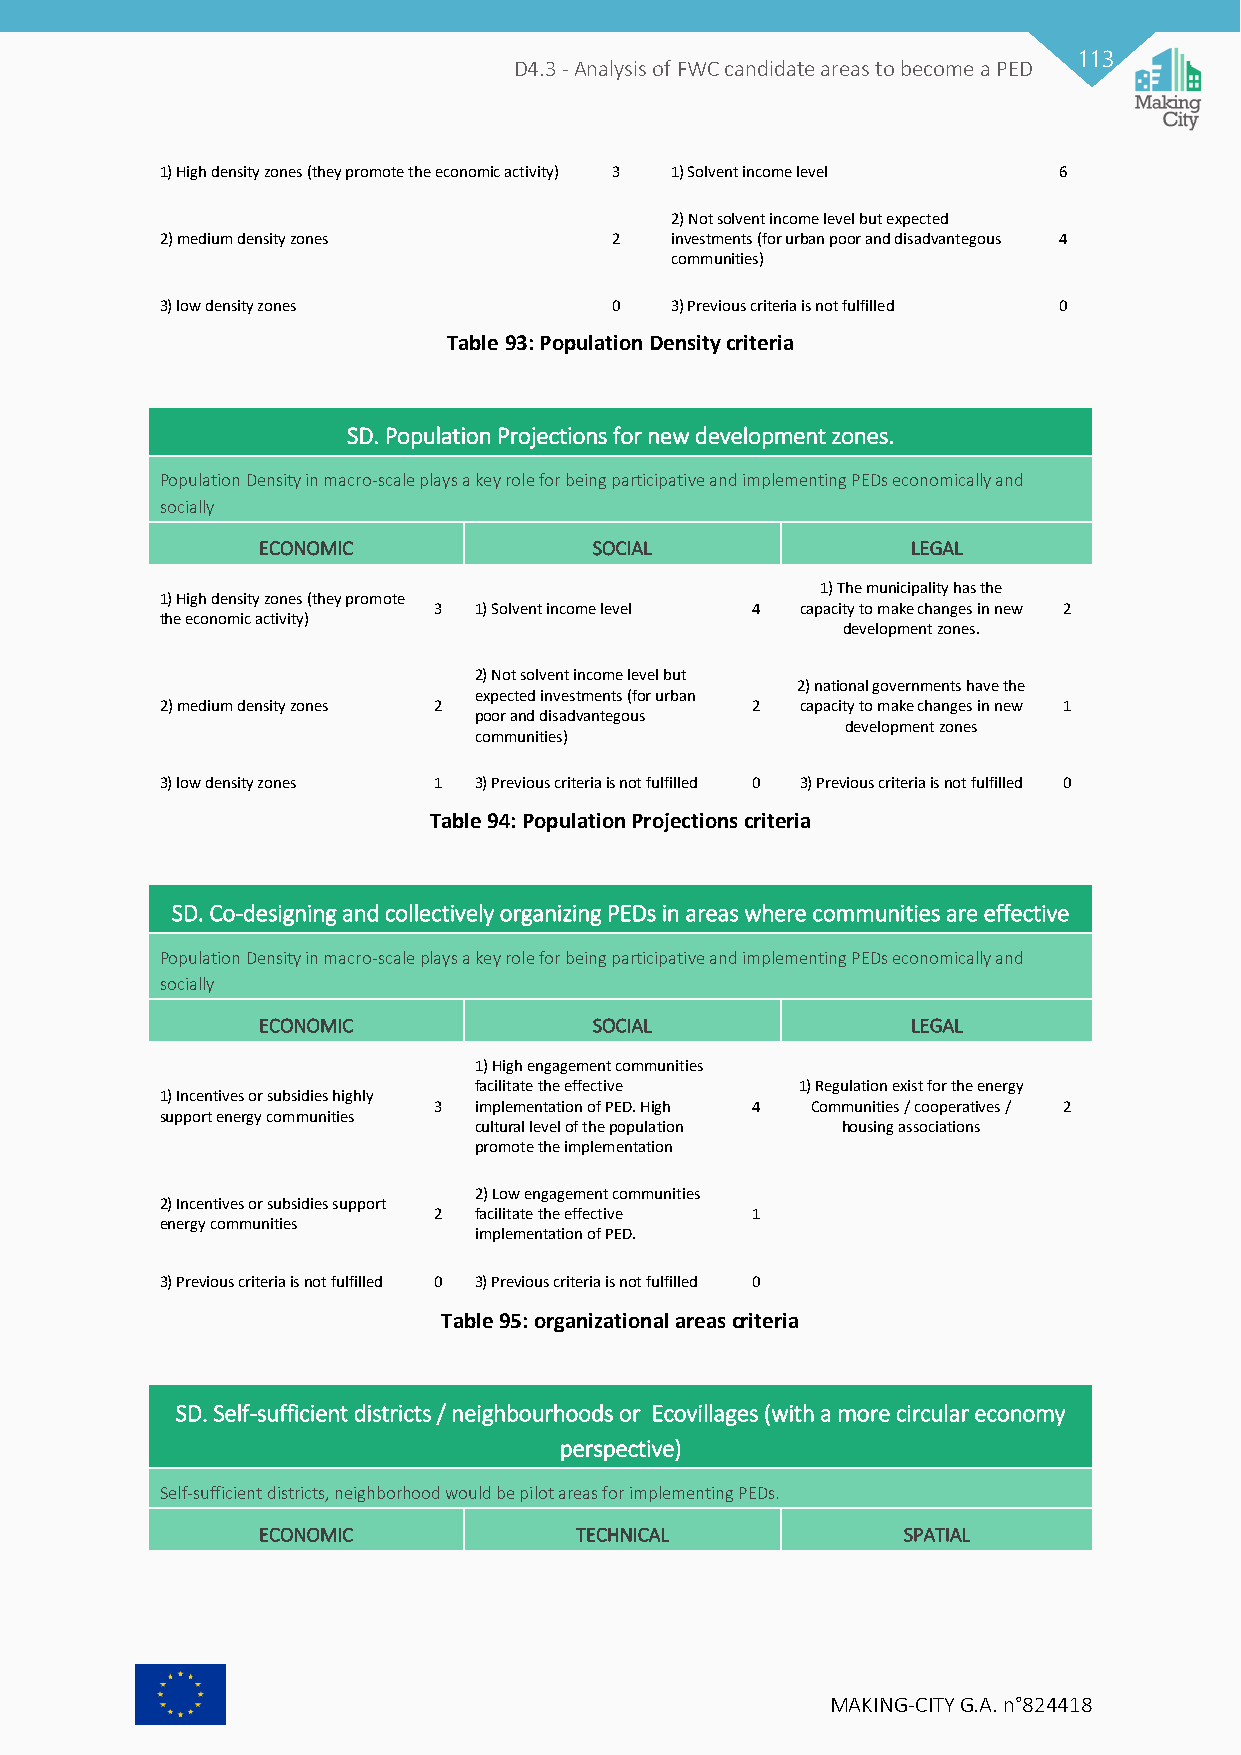
113
 D4.3 - Analysis of FWC candidate areas to become a PED
 1) High density zones (they promote the economic activity) 3 1) Solvent income level 6
 2) Not solvent income level but expected
 2) medium density zones      2   investments (for urban poor and disadvantegous 4
 communities)
 3) low density zones         0   3) Previous criteria is not fulfilled 0
 Table 93: Population Density criteria
 SD. Population Projections for new development zones.
 Population Density in macro-scale plays a key role for being participative and implementing PEDs economically and
 socially
 ECONOMIC              SOCIAL               LEGAL
 1) The municipality has the
 1) High density zones (they promote
 3 1) Solvent income level 4 capacity to make changes in new 2
 the economic activity)
 development zones.
 2) Not solvent income level but
 2) national governments have the
 expected investments (for urban
 2) medium density zones 2              2  capacity to make changes in new 1
 poor and disadvantegous
 development zones
 communities)
 3) low density zones 1 3) Previous criteria is not fulfilled 0 3) Previous criteria is not fulfilled 0
 Table 94: Population Projections criteria
 SD. Co-designing and collectively organizing PEDs in areas where communities are effective
 Population Density in macro-scale plays a key role for being participative and implementing PEDs economically and
 socially
 ECONOMIC              SOCIAL               LEGAL
 1) High engagement communities
 facilitate the effective 1) Regulation exist for the energy
 1) Incentives or subsidies highly
 3 implementation of PED. High 4 Communities / cooperatives / 2
 support energy communities
 cultural level of the population housing associations
 promote the implementation
 2) Low engagement communities
 2) Incentives or subsidies support
 2 facilitate the effective 1
 energy communities
 implementation of PED.
 3) Previous criteria is not fulfilled 0 3) Previous criteria is not fulfilled 0
 Table 95: organizational areas criteria
 SD. Self-sufficient districts / neighbourhoods or Ecovillages (with a more circular economy
 perspective)
 Self-sufficient districts, neighborhood would be pilot areas for implementing PEDs.
 ECONOMIC             TECHNICAL             SPATIAL
 MAKING-CITY G.A. n°824418